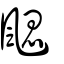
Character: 颸